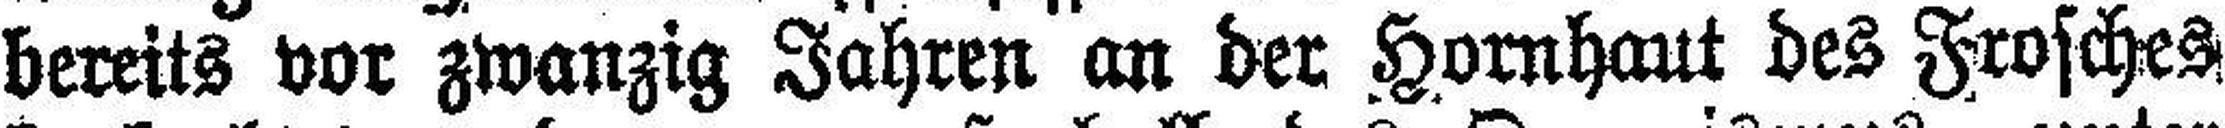
bereits vor zwanzig Jahren an der Hornhaut des Frosches